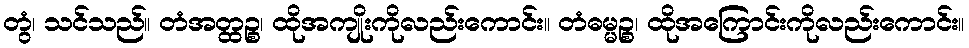
တွံ၊ သင်သည်။ တံအတ္ထဉ္စ၊ ထိုအကျိုးကိုလည်းကောင်း။ တံဓမ္မဉ္စ၊ ထိုအကြောင်းကိုလည်းကောင်း။